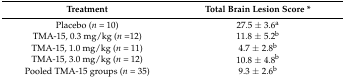
<table><thead><tr><td><b>Treatment</b></td><td><b>Total Brain Lesion Score *</b></td></tr></thead><tbody><tr><td>Placebo (<i>n</i> = 10)</td><td>27.5 ± 3.6<sup>a</sup></td></tr><tr><td>TMA-15, 0.3 mg/kg (<i>n</i> =12)</td><td>11.8 ± 5.2<sup>b</sup></td></tr><tr><td>TMA-15, 1.0 mg/kg (<i>n</i> = 11)</td><td>4.7 ± 2.8<sup>b</sup></td></tr><tr><td>TMA-15, 3.0 mg/kg (<i>n</i> = 12)</td><td>10.8 ± 4.8<sup>b</sup></td></tr><tr><td>Pooled TMA-15 groups (<i>n</i> = 35)</td><td>9.3 ± 2.6<sup>b</sup></td></tr></tbody></table>